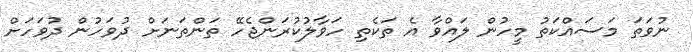
ނުވަތަ މަސައްކަތު މީހުން ލައްވާ އެ ތަކެތި ހަވާލުކުރަންޖެހޭ ތަންތަނަށް ދުވަހުން ދުވަހަށް